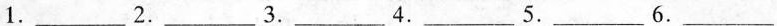
1.___2.___3.___4.___5.___6.___